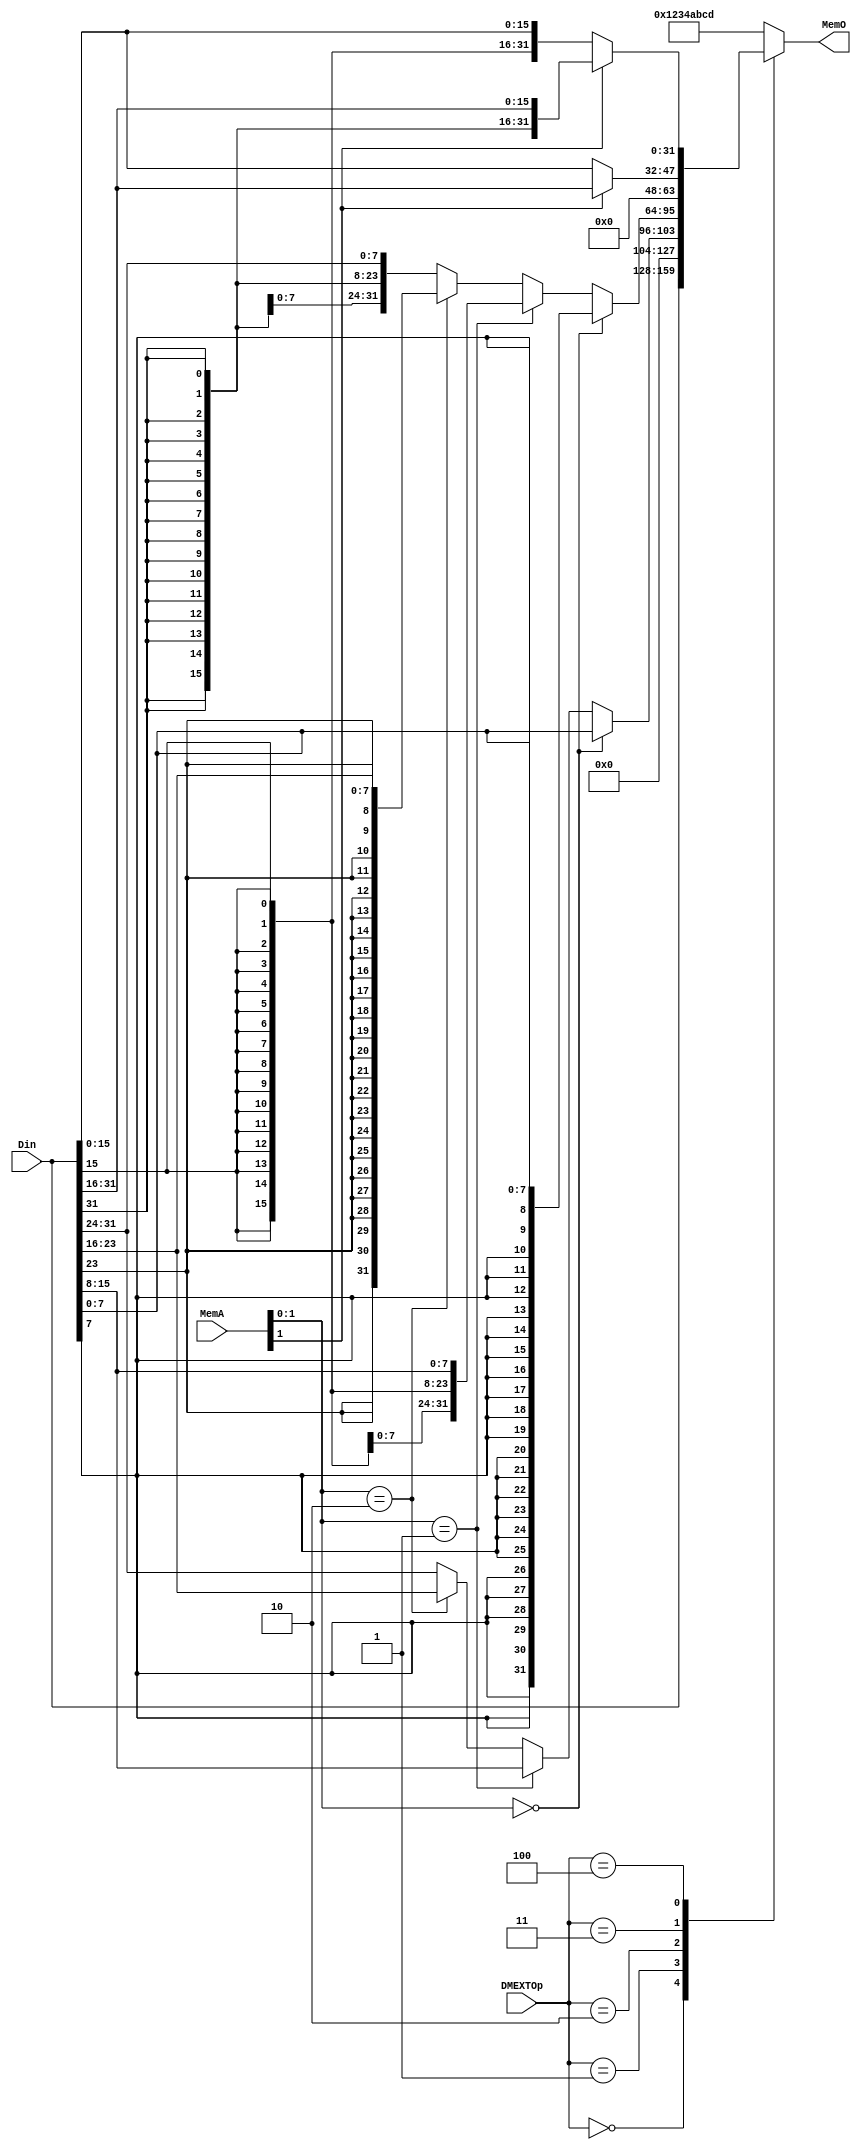
module DMEXT (
    input wire[2:0] DMEXTOp,
    input wire[31:0] MemA,
    input wire[31:0] Din,
    output wire[31:0] MemO
);
    // 000
    // 001
    // 010
    // 011
    // 100
    reg [31:0] r_MemO;

    always @(*) begin
        case (DMEXTOp)
            3'b000: r_MemO = Din;
            3'b001: begin
                if(MemA[1:0]==2'b00) r_MemO = {24'b0,Din[7:0]};
                else if(MemA[1:0]==2'b01) r_MemO = {24'b0,Din[15:8]};
                else if(MemA[1:0]==2'b10) r_MemO = {24'b0,Din[23:16]};
                else r_MemO = {24'b0,Din[31:24]};
            end
            3'b010: begin
                if(MemA[1:0]==2'b00) r_MemO = {{24{Din[7]}},Din[7:0]};
                else if(MemA[1:0]==2'b01) r_MemO = {{24{Din[15]}},Din[15:8]};
                else if(MemA[1:0]==2'b10) r_MemO = {{24{Din[23]}},Din[23:16]};
                else r_MemO = {{24{Din[31]}},Din[31:24]};
            end
            3'b011: begin
                if(MemA[1]==1'b0) r_MemO = {16'b0,Din[15:0]};
                else r_MemO = {16'b0,Din[31:16]};
            end
            3'b100: begin
                if(MemA[1]==1'b0) r_MemO = {{16{Din[15]}},Din[15:0]};
                else r_MemO = {{16{Din[31]}},Din[31:16]};
            end
            default: r_MemO = 32'h1234abcd;
        endcase
    end

    assign MemO = r_MemO;
endmodule